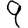
Digit: 9